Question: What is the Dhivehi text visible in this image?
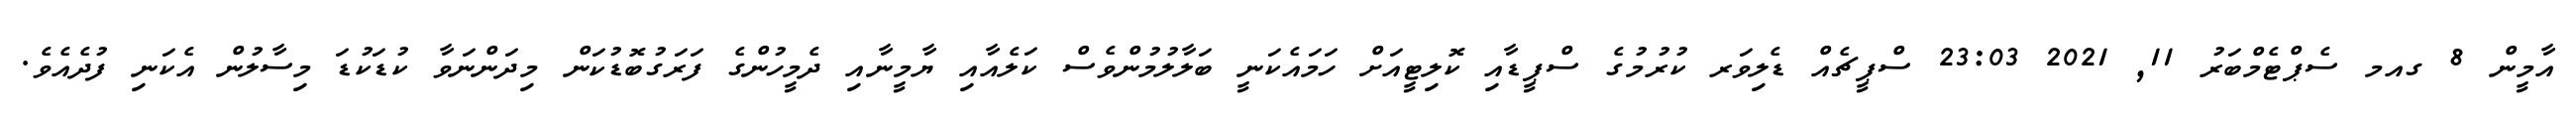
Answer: އާމީން 8 ގއމ ސެޕްޓެމްބަރު 11, 2021 23:03 ސްޕީޗެއް ޑެލިވަރ ކުރުމުގެ ސްޕީޑާއި ކޮލިޓީއަށް ހަމައެކަނީ ބަލާލުމުންވެސް ކަލެއާއި ޔާމީނާއި ދެމީހުންގެ ފަރަގުބޮޑުކަން މިދަންނަވާ ކުޑަކުޑަ މިސާލުން އެކަނި ފުދެއެވެ.